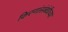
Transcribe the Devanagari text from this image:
किरणांसंबंधीच्या